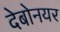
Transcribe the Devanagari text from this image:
देबोनयर